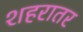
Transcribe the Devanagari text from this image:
शहरातर